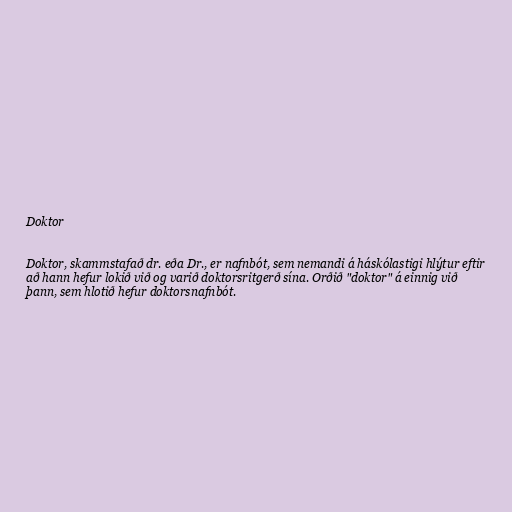
Doktor

Doktor, skammstafað dr. eða Dr., er nafnbót, sem nemandi á háskólastigi hlýtur eftir
að hann hefur lokið við og varið doktorsritgerð sína. Orðið "doktor" á einnig við
þann, sem hlotið hefur doktorsnafnbót.